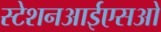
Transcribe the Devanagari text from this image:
स्टेशनआईएसओ